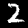
Digit: 2